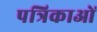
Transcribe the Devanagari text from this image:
पत्रिकाओं